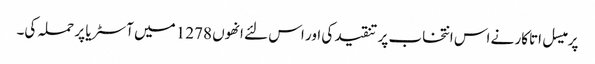
پرمیسل اتاکار نے اس انتخاب پر تنقید کی اور اس لئے انھوں 1278 میں آسٹریا پر حملہ کی۔